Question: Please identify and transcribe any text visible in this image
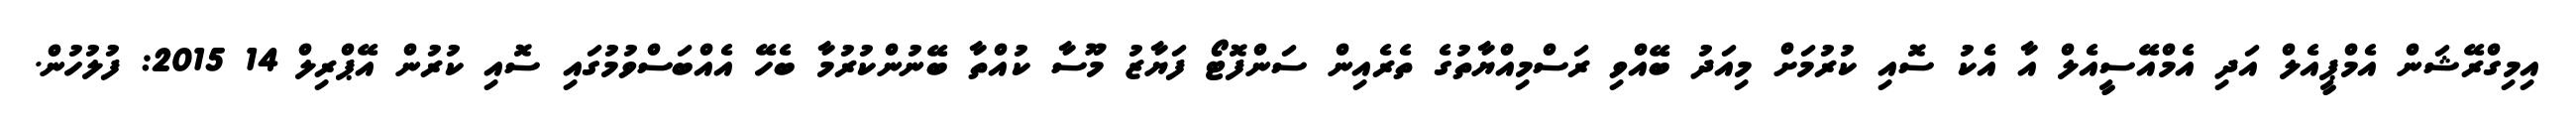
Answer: އިމިގްރޭޝަން އެމްޕީއެލް އަދި އެމްއޭސީއެލް އާ އެކު ސޮއި ކުރުމަށް މިއަދު ބޭއްވި ރަސްމިއްޔާތުގެ ތެރެއިން ސަންފޮޓޯ ފަޔާޒު މޫސާ ކުއްތާ ބޭނުންކުރުމާ ބެހޭ އެއްބަސްވުމުގައި ސޮއި ކުރުން އޭޕްރިލް 14 2015: ފުލުހުން.